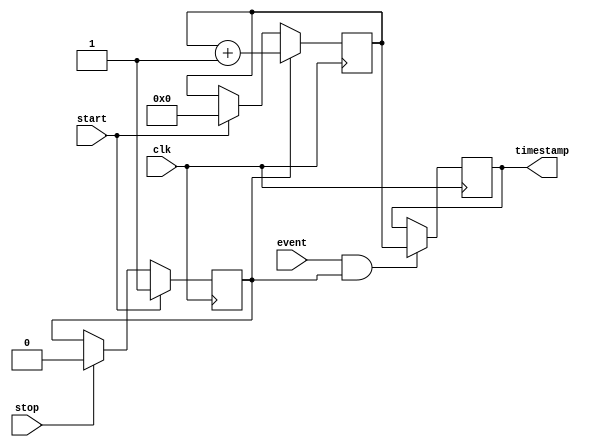
module time_stamping_timer (
    input clk,
    input start,
    input stop,
    input event,
    output reg[31:0] timestamp
);

reg[31:0] timer_count;
reg timer_start;

always @ (posedge clk) begin
    if (start) begin
        timer_count <= 0;
        timer_start <= 1;
    end
    else if (stop) begin
        timer_start <= 0;
    end
    
    if (timer_start) begin
        timer_count <= timer_count + 1;
    end
end

always @ (posedge clk) begin
    if (event && timer_start) begin
        timestamp <= timer_count;
    end
end

endmodule